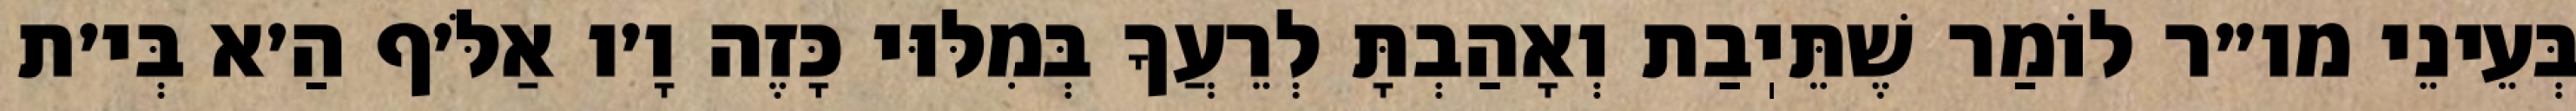
בְּעֵינֵי מו״ר לוֹמַר שֶׁתֵּיֽבַת וְאָהַבְתָּ לְרֵעֲךָ בְּמִלּוּי כָּזֶה וָ׳ו אַלֹּ׳ף הַ׳א בְּי׳ת